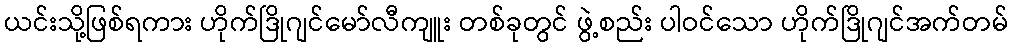
ယင်းသို့ဖြစ်ရကား ဟိုက်ဒြိုဂျင်မော်လီကျူး တစ်ခုတွင် ဖွဲ့စည်း ပါဝင်သော ဟိုက်ဒြိုဂျင်အက်တမ်